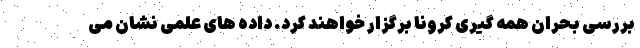
بررسی بحران همه گیری کرونا برگزار خواهند کرد. داده های علمی نشان می